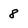
Character: 8